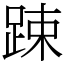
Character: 踈